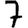
Digit: 7